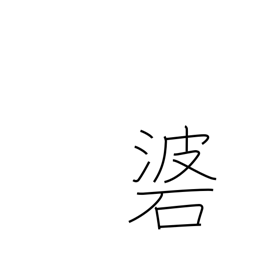
Meaning: weight attached to an arrow by a cord